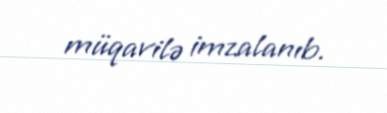
müqavilə imzalanıb.